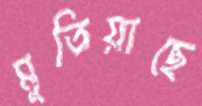
মুতিয়াছে